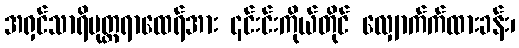
အရှင်သာရိပုတ္တရာထေရ်အား ၎င်းင်းကိုယ်တိုင် လျှောက်က်ထားခန်း၊